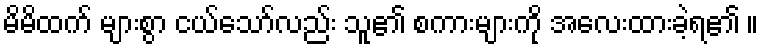
မိမိထက် များစွာ ငယ်သော်လည်း သူ၏ စကားများကို အလေးထားခဲ့ရ၏ ။